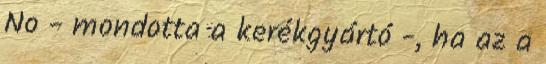
No - mondotta a kerékgyártó -, ha az a